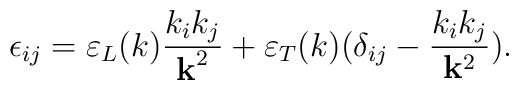
\epsilon_{ij}=\varepsilon_L(k){k_ik_j\over{\bf k}^2}+\varepsilon_T(k)(\delta_{ij}-{k_ik_j\over{\bf k}^2}).